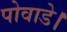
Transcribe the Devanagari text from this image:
पोवाडे।